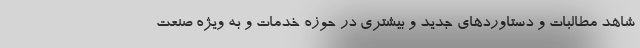
شاهد مطالبات و دستاوردهای جدید و بیشتری در حوزه خدمات و به ویژه صنعت